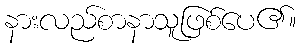
နားလည်စာနာသူဖြစ်ပေ၏။